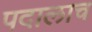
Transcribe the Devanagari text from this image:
पदालाच